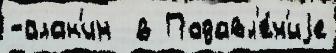
-алан'ин  в Подавл'е́н'иjе